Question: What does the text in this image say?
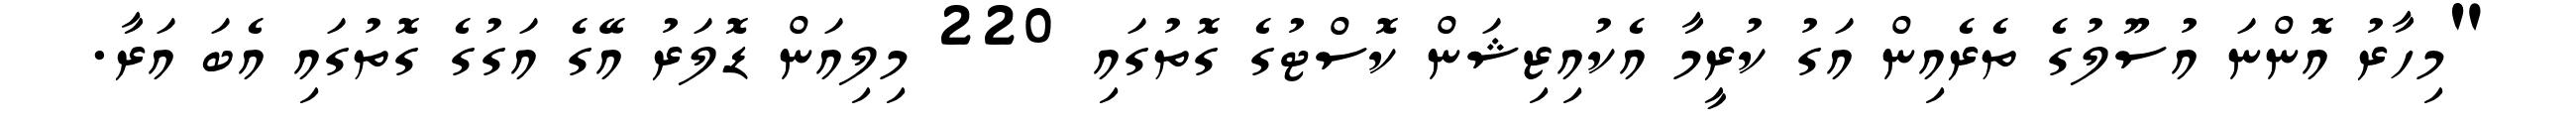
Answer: "މިހާރު އޮންނަ އުސޫލުގެ ތެރެއިން އަގު ކުރީމާ އެކުއިޒިޝަން ކޮސްޓުގެ ގޮތުގައި 220 މިލިއަން ޑޮލަރު އޭގެ އަގުގެ ގޮތުގައި އެބަ އަރާ.